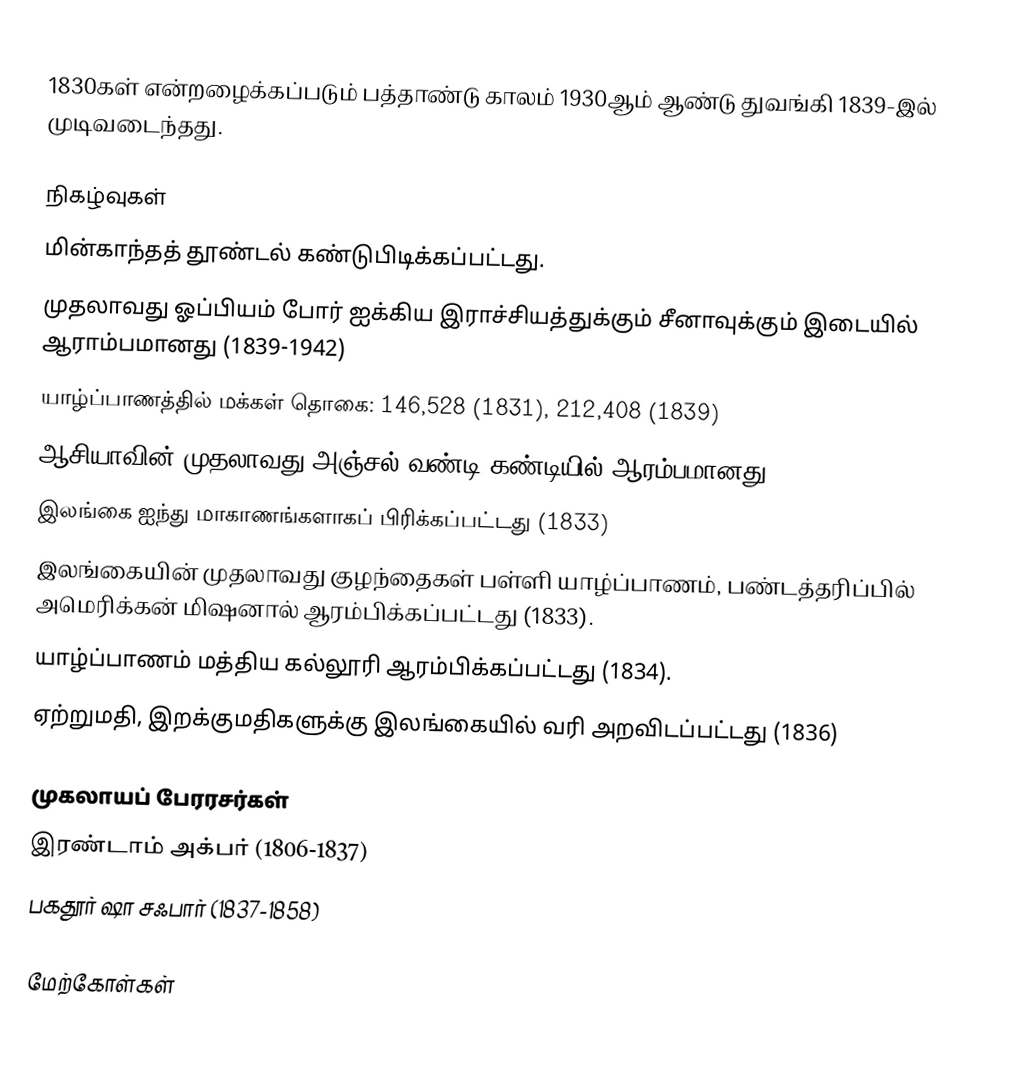
1830கள் என்றழைக்கப்படும் பத்தாண்டு காலம் 1930ஆம் ஆண்டு துவங்கி 1839-இல் முடிவடைந்தது.

நிகழ்வுகள்
 மின்காந்தத் தூண்டல் கண்டுபிடிக்கப்பட்டது.
 முதலாவது ஓப்பியம் போர் ஐக்கிய இராச்சியத்துக்கும் சீனாவுக்கும் இடையில் ஆராம்பமானது (1839-1942)
 யாழ்ப்பாணத்தில் மக்கள் தொகை: 146,528 (1831), 212,408 (1839)
 ஆசியாவின் முதலாவது அஞ்சல் வண்டி கண்டியில் ஆரம்பமானது.
 இலங்கை ஐந்து மாகாணங்களாகப் பிரிக்கப்பட்டது (1833)
 இலங்கையின் முதலாவது குழந்தைகள் பள்ளி யாழ்ப்பாணம், பண்டத்தரிப்பில் அமெரிக்கன் மிஷனால் ஆரம்பிக்கப்பட்டது (1833).
 யாழ்ப்பாணம் மத்திய கல்லூரி ஆரம்பிக்கப்பட்டது (1834).
 ஏற்றுமதி, இறக்குமதிகளுக்கு இலங்கையில் வரி அறவிடப்பட்டது (1836)

முகலாயப் பேரரசர்கள்
 இரண்டாம் அக்பர் (1806-1837)
 பகதூர் ஷா சஃபார் (1837-1858)

மேற்கோள்கள்